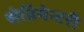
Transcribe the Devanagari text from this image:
सेडिमेन्टरी